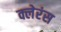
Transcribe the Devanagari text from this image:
क्लेरंस